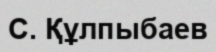
С. Құлпыбаев